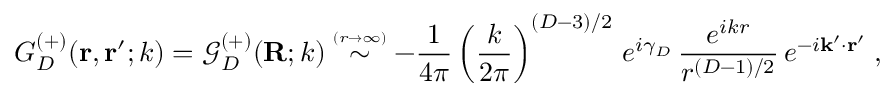
G _ { { D } } ^ { ( + ) } ( { \bf r } , { \bf r } ^ { \prime } ; k ) = { \mathcal G } _ { { D } } ^ { ( + ) } ( { \bf R } ; k ) \stackrel { \scriptscriptstyle ( r \rightarrow \infty ) } { \sim } - \frac { 1 } { 4 \pi } \left( \frac { k } { 2 \pi } \right) ^ { ( { D } - 3 ) / 2 } \, e ^ { i \gamma _ { { D } } } \, \frac { e ^ { i k r } } { r ^ { ( { D } - 1 ) / 2 } } \, e ^ { - i { \bf k } ^ { \prime } \cdot { \bf r } ^ { \prime } } \; ,